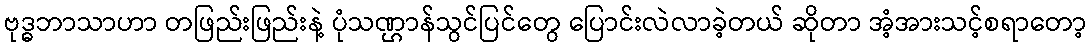
ဗုဒ္ဓဘာသာဟာ တဖြည်းဖြည်းနဲ့ ပုံသဏ္ဌာန်သွင်ပြင်တွေ ပြောင်းလဲလာခဲ့တယ် ဆိုတာ အံ့အားသင့်စရာတော့